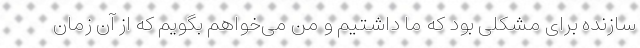
سازنده برای مشکلی بود که ما داشتیم و من می‌خواهم بگویم که از آن زمان